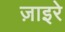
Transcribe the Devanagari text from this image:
ज़ाइरे